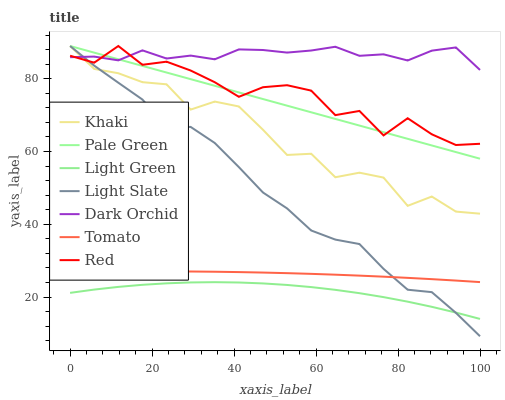
| xaxis_label | Khaki | Pale Green | Light Green | Light Slate | Dark Orchid | Tomato | Red |
 | --- | --- | --- | --- | --- | --- | --- | --- |
 | 0 | 89 | 89 | 21.1 | 89 | 85.9 | 26.8 | 86.3 |
 | 5.88 | 82.7 | 87.2 | 22 | 83.6 | 86.1 | 26.9 | 84.4 |
 | 11.8 | 81.5 | 85.4 | 22.8 | 78.9 | 85.1 | 27 | 89 |
 | 17.6 | 79.1 | 83.5 | 23.4 | 74.3 | 87.8 | 27 | 83.8 |
 | 23.5 | 78.5 | 81.7 | 23.8 | 66.6 | 85.6 | 27 | 84.7 |
 | 29.4 | 71.5 | 79.9 | 24 | 66.8 | 86.4 | 27 | 82.3 |
 | 35.3 | 73.7 | 78.1 | 24.1 | 62.3 | 85.3 | 26.9 | 79 |
 | 41.2 | 72.4 | 76.2 | 24 | 55.7 | 88.1 | 26.8 | 75 |
 | 47.1 | 66 | 74.4 | 23.7 | 48.7 | 87.9 | 26.7 | 77.7 |
 | 52.9 | 59.1 | 72.6 | 23.3 | 44.3 | 87.2 | 26.6 | 78.2 |
 | 58.8 | 59.4 | 70.8 | 22.7 | 38.3 | 87.8 | 26.4 | 76.7 |
 | 64.7 | 52.9 | 69 | 22 | 35.8 | 88.8 | 26.1 | 70 |
 | 70.6 | 54.2 | 67.1 | 21.1 | 34.6 | 86.3 | 25.9 | 71.1 |
 | 76.5 | 52.8 | 65.3 | 20 | 27.7 | 86.7 | 25.6 | 64.4 |
 | 82.4 | 45.1 | 63.5 | 18.7 | 22 | 85 | 25.3 | 69.1 |
 | 88.2 | 47.6 | 61.7 | 17.3 | 21.3 | 87.7 | 24.9 | 64.7 |
 | 94.1 | 43.5 | 59.8 | 15.7 | 15.6 | 88.6 | 24.5 | 61.8 |
 | 100 | 42.9 | 58 | 14 | 9.21 | 82.4 | 24.1 | 62.1 |